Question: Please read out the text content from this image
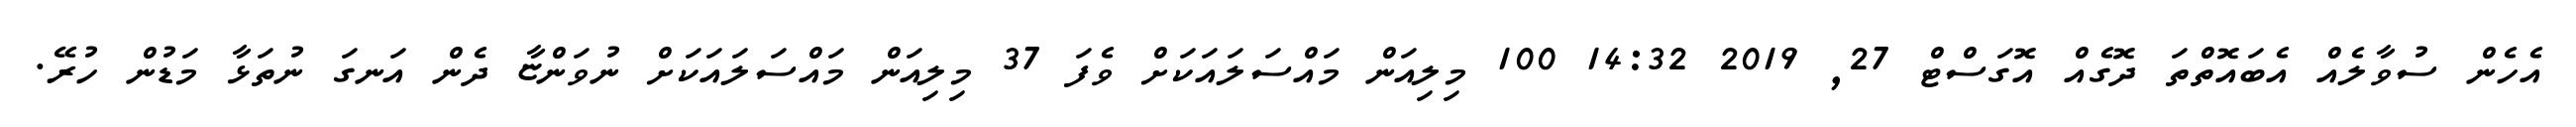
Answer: އެހެން ސުވާލެއް އެބައޮތްތަ ދޮގެއް އޮގަސްޓް 27, 2019 14:32 100 މިލިއަން މައްސަލައަކަށް ވެފަ 37 މިލިއަން މައްސަލައަކަށް ނުވަންޏާ ދެން އަނގަ ނުތަޅާ މަޑުން ހުރޭ.